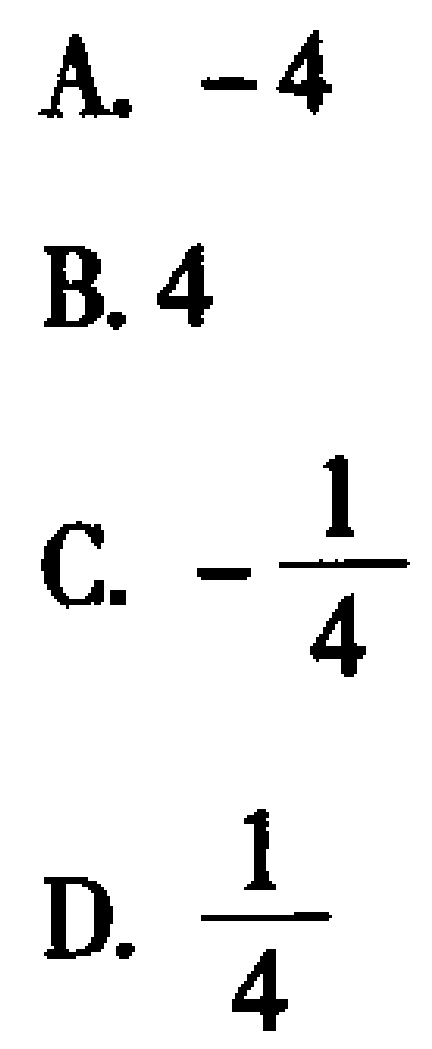
A. \(-4\)

B. \(4\)

C. \(-\frac{1}{4}\)

D. \(\frac{1}{4}\)